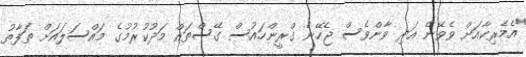
"އެމެރިކާއަށް ވެވޭނެ އަދި ވާންވެސް ޖެހޭނެ ގްރީންހައުސް ގޭސްތައް މަދުކުރުމުގެ މައްސަލައަށް ތަފާތު